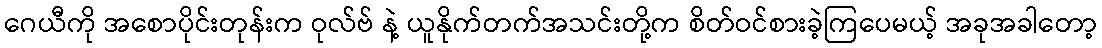
ဂေယီကို အစောပိုင်းတုန်းက ဝုလ်ဗ် နဲ့ ယူနိုက်တက်အသင်းတို့က စိတ်ဝင်စားခဲ့ကြပေမယ့် အခုအခါတော့